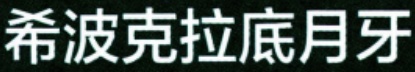
希波克拉底月牙